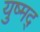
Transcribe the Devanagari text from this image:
युष्मद्